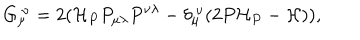
LaTeX: G _ { \mu } ^ { ~ \nu } = 2 ( { \cal H } _ { P } P _ { \mu \lambda } P ^ { \nu \lambda } - \delta _ { \mu } ^ { ~ \nu } ( 2 P { \cal H } _ { P } - { \cal H } ) ) ,